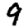
Digit: 9